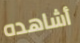
أشاهده